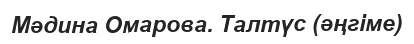
Мәдина Омарова. Талтүс (әңгіме)